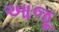
આજૂ